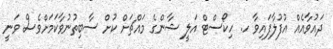
ދައުވާއެއް އުފުލާފައިވާ ހ. ހިކޯސްޓް އަލީ ޝާންގެ މައްޗަށް ކުށް ސާބިތުުނުވާކަމަށްވެސް ވަނީ